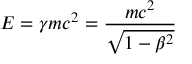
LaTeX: E = \gamma m c ^ { 2 } = { \frac { m c ^ { 2 } } { \sqrt { 1 - \beta ^ { 2 } } } }